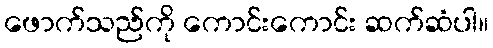
ဖောက်သည်ကို ကောင်းကောင်း ဆက်ဆံပါ။